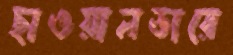
ছাওয়ালডারে